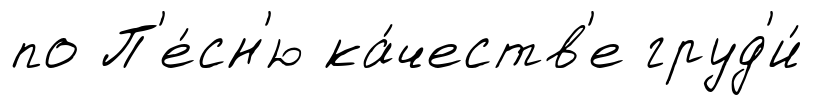
по П'е́сн'ю ка́честв'е груд'и́